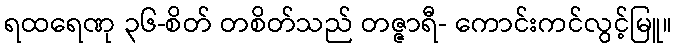
ရထရေဏု ၃၆-စိတ် တစိတ်သည် တဇ္ဇာရီ- ကောင်းကင်လွင့်မြူ။